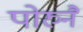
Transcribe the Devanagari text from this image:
पोरुनै